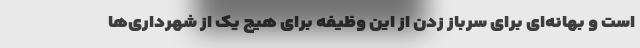
است و بهانه‌ای برای سرباز زدن از این وظیفه برای هیچ یک از شهرداری‌ها